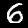
Label: 6